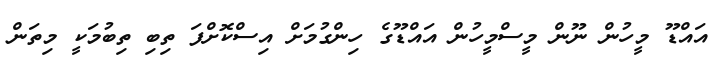
އައްޑޫ މީހުން ނޫން މީސްމީހުން އައްޑޫގެ ހިންގުމަށް އިސްކޮށްފަ ތިބި ތިބުމަކީ މިތަން